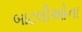
બાટલીઓના